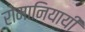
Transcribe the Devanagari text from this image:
रोमानियायी